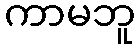
ကာမဘူ